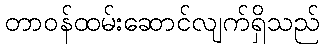
တာဝန်ထမ်းဆောင်လျက်ရှိသည်